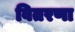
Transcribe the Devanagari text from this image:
वितरणा